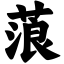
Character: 蒗